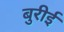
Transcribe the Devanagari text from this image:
बुरीई